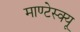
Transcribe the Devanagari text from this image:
माण्टेस्क्यू